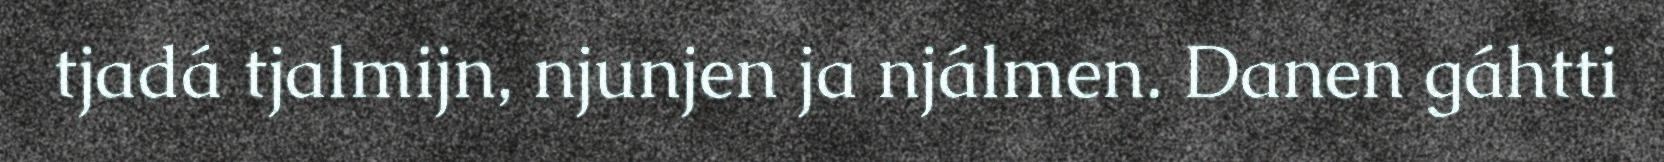
tjadá tjalmijn, njunjen ja njálmen. Danen gáhtti